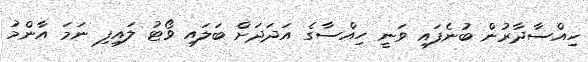
ހިއްސާދާރުން ބުނެފައި ވަނީ ހިއްސާގެ އަދަދަށް ބަލައި ވޯޓު ލައިފި ނަމަ އާންމު